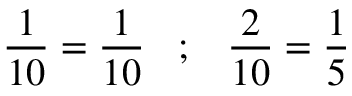
{ \frac { 1 } { 1 0 } } = { \frac { 1 } { 1 0 } } \; \; \; ; \; \; \; { \frac { 2 } { 1 0 } } = { \frac { 1 } { 5 } }